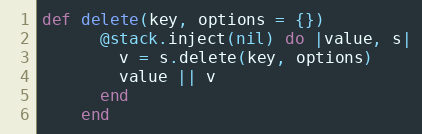
Language: Ruby
def delete(key, options = {})
      @stack.inject(nil) do |value, s|
        v = s.delete(key, options)
        value || v
      end
    end